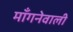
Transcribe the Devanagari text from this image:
माँगनेवाली